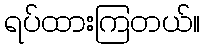
ရပ်ထားကြတယ်။